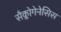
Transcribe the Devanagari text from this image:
सैक्लोगेनेसिस